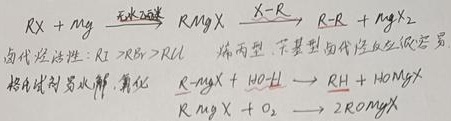
卤代烃活性：$RI > RBr > RCl$，烯丙型、苄基型卤代烃反应活性高。格氏试剂易水解、氧化。
\[
\begin{align*}
RX + Mg&\xrightarrow{无水乙醚}RMgX\xrightarrow{X - R}R - R+MgX_2\\
RMgX + H - OH&\rightarrow RH + HOMgX\\
RMgX+O_2&\rightarrow 2ROMgX
\end{align*}
\]